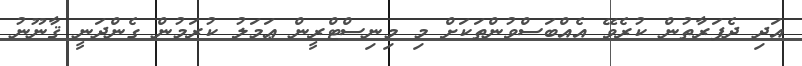
އަދި ދެފަރާތުން ކުރެވޭ އެއްބަސްވުންތަކަށް މި މިނިސްޓްރީން ޢަމަލު ކުރަމުން ގެންދަނީ ޤާނޫނު